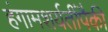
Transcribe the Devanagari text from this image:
हंगामशर्यतींपैकी